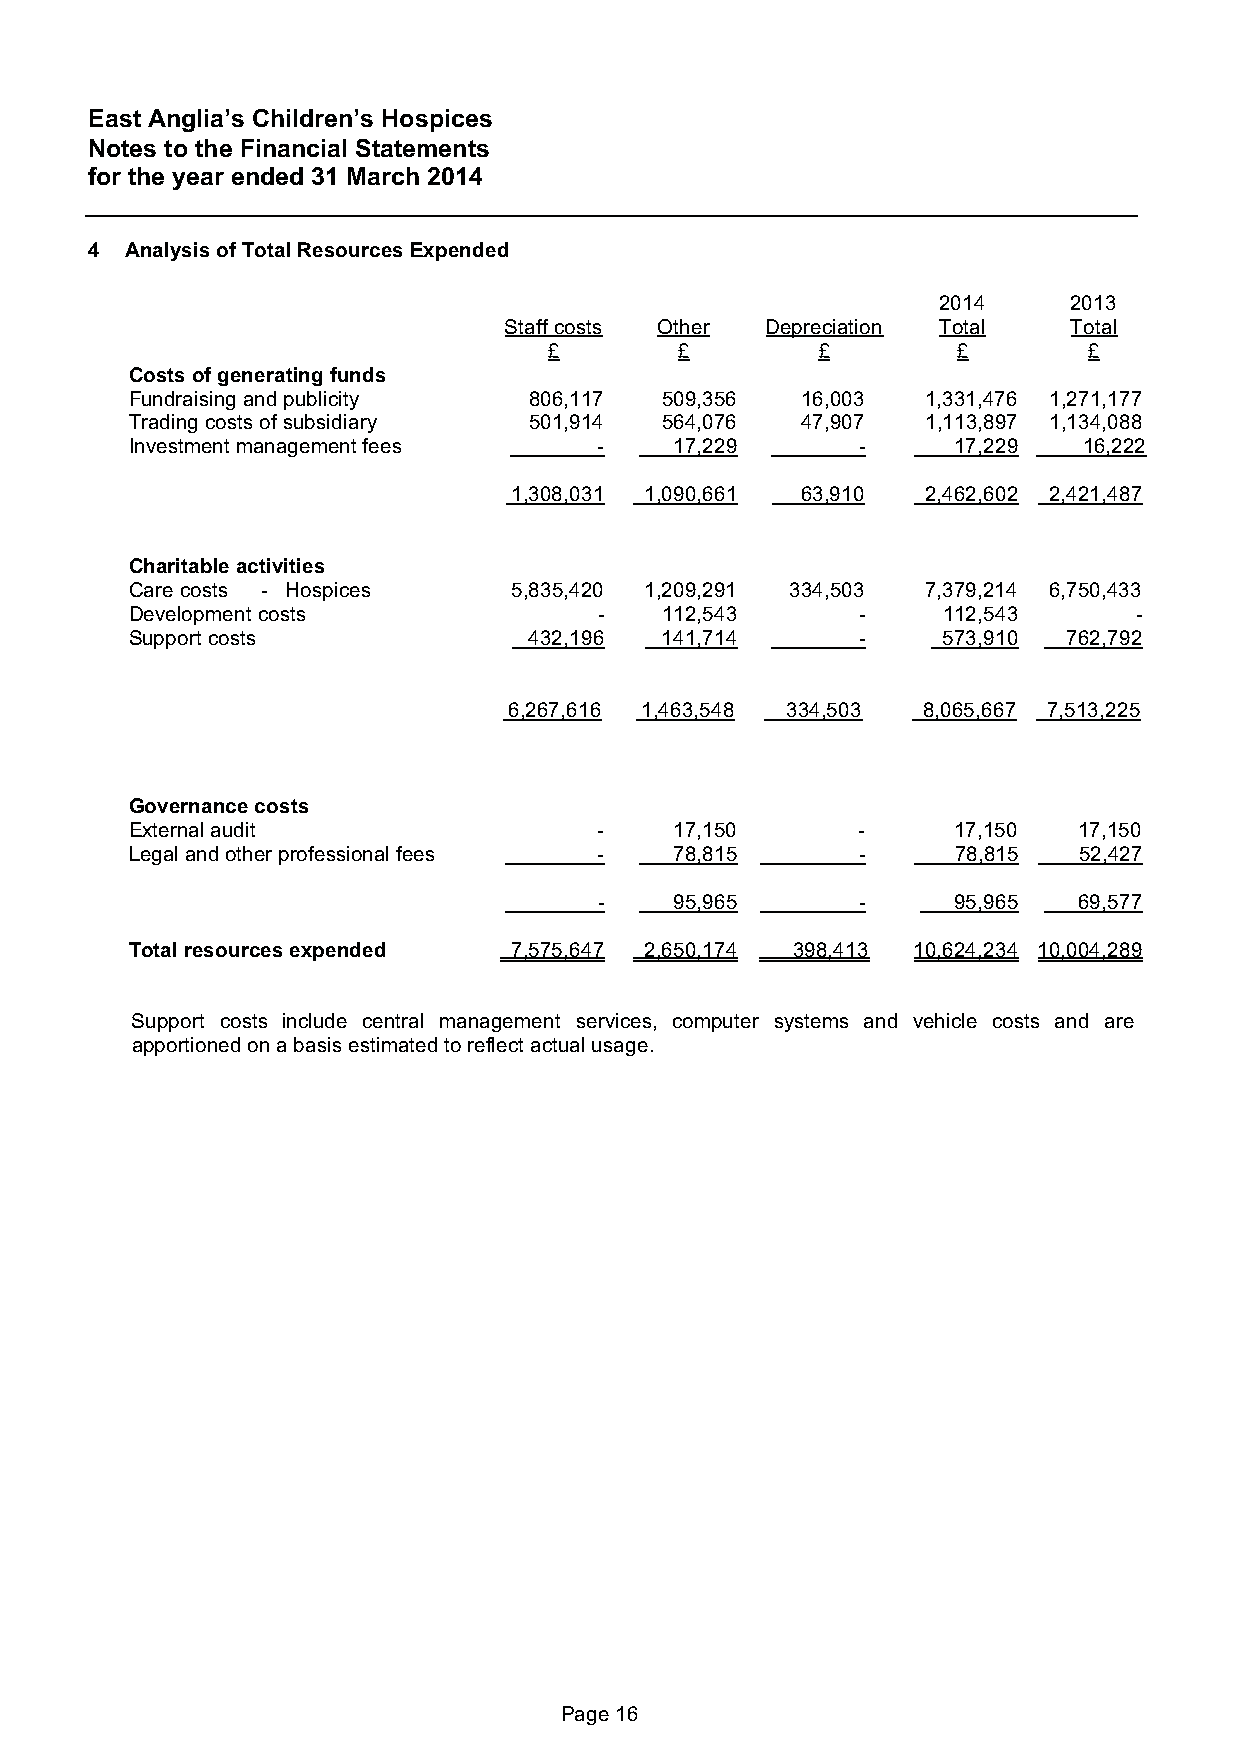
East Anglia’s Children’s Hospices
 Notes to the Financial Statements
 for the year ended 31 March 2014
 4 Analysis of Total Resources Expended
 2014     2013
 Staff costs Other Depreciation Total  Total
 £        £        £        £        £
 Costs of generating funds
 Fundraising and publicity 806,117  509,356  16,003  1,331,476 1,271,177
 Trading costs of subsidiary 501,914 564,076 47,907  1,113,897 1,134,088
 Investment management fees    -     17,229      -     17,229   16,222
 1,308,031 1,090,661 63,910 2,462,602 2,421,487
 Charitable activities
 Care costs - Hospices    5,835,420 1,209,291 334,503 7,379,214 6,750,433
 Development costs              -   112,543      -    112,543      -
 Support costs             432,196  141,714      -    573,910  762,792
 6,267,616 1,463,548 334,503 8,065,667 7,513,225
 Governance costs
 External audit                 -    17,150      -     17,150  17,150
 Legal and other professional fees - 78,815      -     78,815  52,427
 -    95,965      -     95,965  69,577
 Total resources expended 7,575,647 2,650,174 398,413 10,624,234 10,004,289
 Support costs include central management services, computer systems and vehicle costs and are
 apportioned on a basis estimated to reflect actual usage.
 Page 16